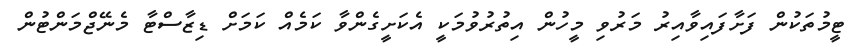
ޓީމުތަކުން ފަށާފައިވާއިރު މަރުވި މީހުން އިތުރުވުމަކީ އެކަށީގެންވާ ކަމެއް ކަމަށް ޑިޒާސްޓާ މެނޭޖްމަންޓުން